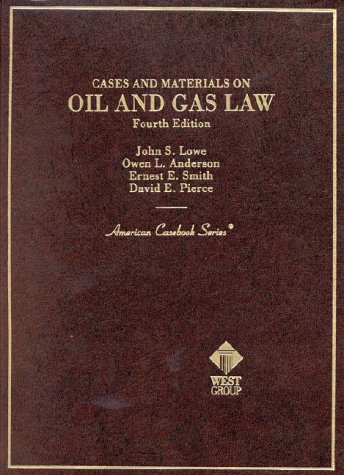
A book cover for Cases and Materials on Oil and Gas Law (American Casebook Series); John S. Lowe; Law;